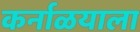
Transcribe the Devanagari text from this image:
कर्नाळयाला